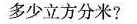
多少立方分米?